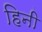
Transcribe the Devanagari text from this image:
हिनी